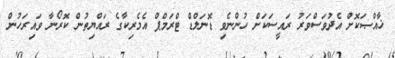
ޚާއްޞަކޮށް އެދުވަސްވަރު ރައީސަކަށް ހުންނެވި ޑޮނަލްޑް ޓްރަމްޕް އެމެރިކާގެ ރައްޔިތުން ކޮރޯނާ ވައިރަހުން